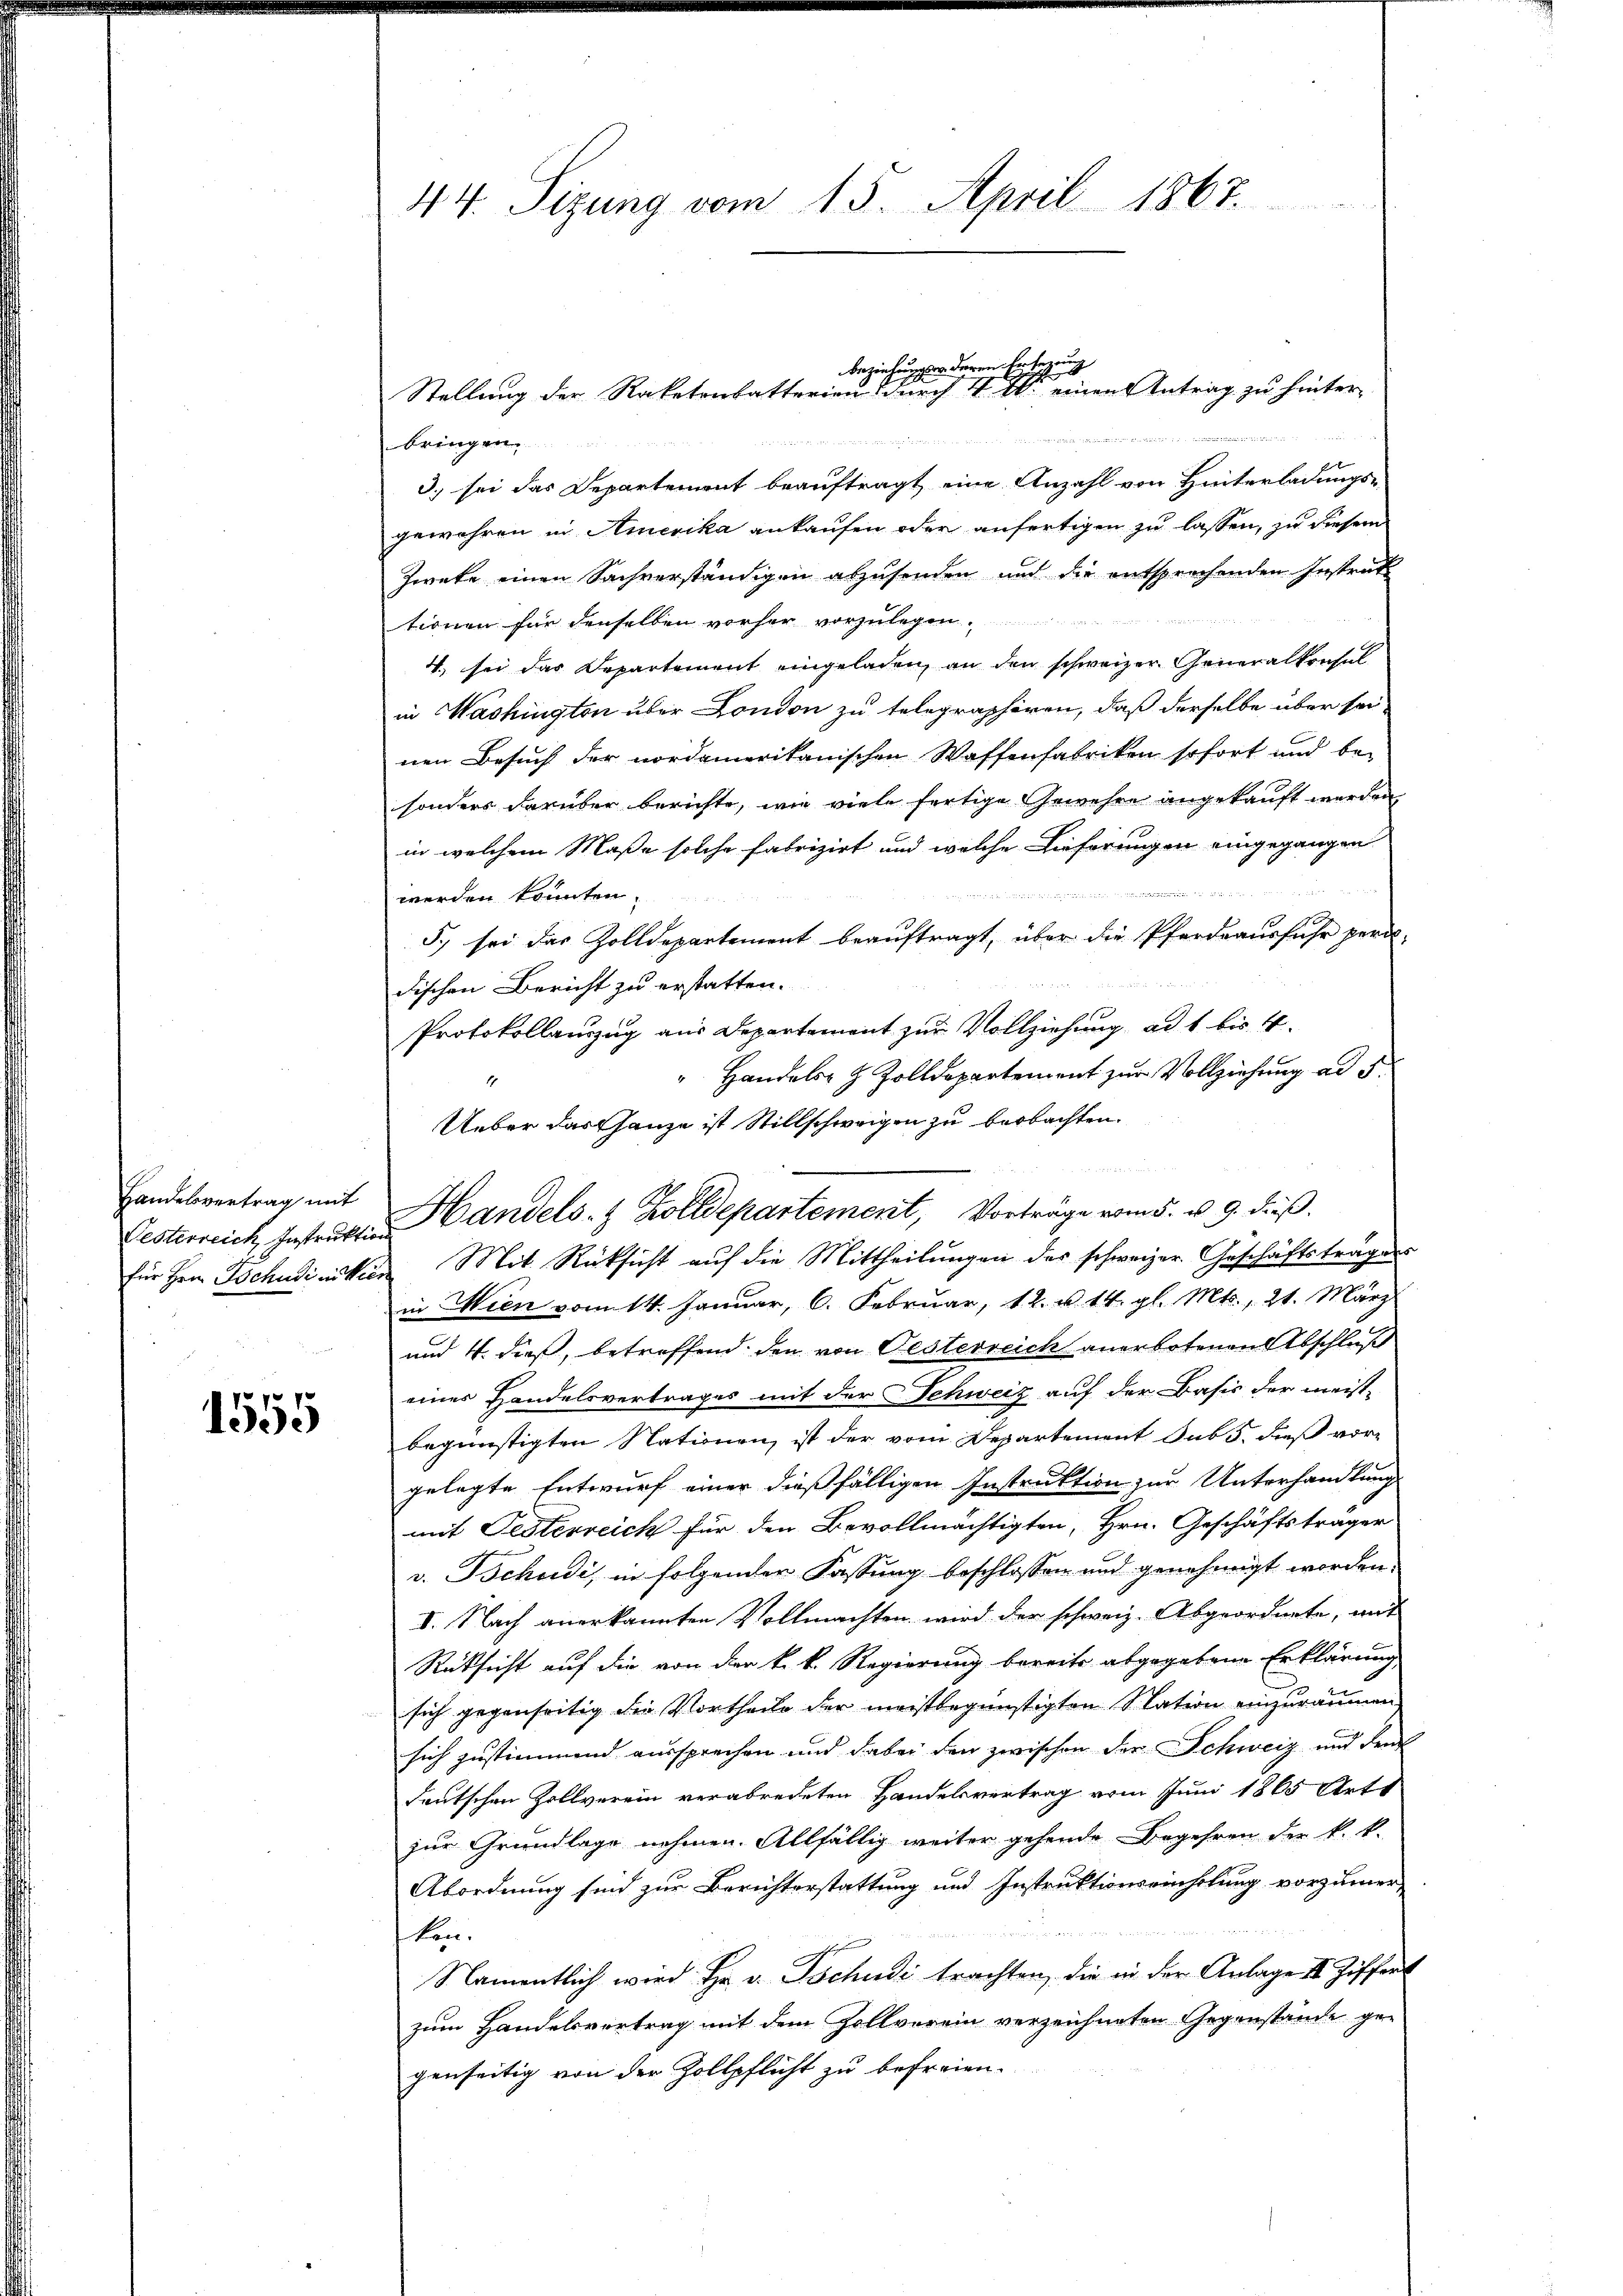
Handelsvertrag mit

1555

44. Sizung vom 15. April 1867.

bringen.
3. sei das Departement beauftragt, eine Anzahl von Hinterladungsgewähren in Amerika ankaufen oder anfertigen zu lassen, zu diesem
Zweke einen Sachverständigen abzusenden und die entsprechenden Instrats
tionen für denselben vorher vorzulegen.
4. sei das Departement eingeladen, an den schweizer Generalkenhal
in Washington über London zu telegraphiren, daß derselbe über sei
nen Besuch der nordamerikanischen Waffenfabriken sofort und besonders darüber berichte, wie viele fertige Gewehre angekauft werden
in welchem Maße solche fabrizirt und welche Lieferungen eingegangen
uisitinsten angen
werden könnten.
5.) sei das Zolldepartement beauftragt, über die Pferdrausfuhr perd-

dischen Bericht zu erstatten.
Protokollauszug aus Departement zur Vollziehung ad 1 bis 4.
" Handels- & Zolldepartement zur Vollziehung ad 5.
1
Ueber das ganze ist Stillschweigen zu beobachten.

Lesterreich, Instratt Handels- & Zolldepartement, Vorträge vom 5. u. 9. dieß.
für Hrn. Tschudinition Mit Rücksicht auf die Mittheilungen des schweizer Geschäftstragens
in Wien vom 14. Januar, 6. Februar, 12. u. 14. gl. Mts., 21. März
und 4. dieß, betreffend den von Oesterreich anerbotenen Abschluß
eines Handelsvertrages mit der Schweiz auf der Basis der meist-
begünstigten Nationen, ist der vom Departement sub 5. dieß vor-
gelegte Entwurf einer dießfälligen Instruktion zur Unterhandlung
mit Festerreich für den Bevollmächtigten, Hrn. Geschäftsträger
v. Tschudi, in folgender Fassung beschlossen und genehmigt worden.
I. Nach anerkannten Vollmachten wird der schweiz. Abgeordnete, mit
Rüksicht auf die von der k. k. Regierung bereits abgegebene Erklärung
sich gegenseitig die Vortheile der meistbegünstigten Station einzuräumen
sich zustimmend aussprechen und dabei den zwischen der Schweiz und den
deutschen Zollverein verabredeten Handelsvertrag vom Juni 1865 Art
zur Grundlage nehmen. Allfällig weiter gehende Begehren der k. k.
Abordnung sind zur Berichterstattung und Instruktionseinholung vorzumer-
ten.
Namentlich wird Hr. v. Tschudi trachten, die in der Anlage II Ziffert
zum Handelsvertrag mit dem Zollverein verzeichneten Gegenstände gegenseitig von der Zollpflicht zu befreien.

beziehungssa deren Erses
Stellung der Raketenbatterien durch 400. einen Antrag zu hinter